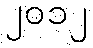
၂၀၁၂